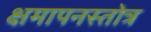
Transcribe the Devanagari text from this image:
क्षमापनस्तोत्र